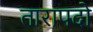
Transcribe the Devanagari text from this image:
तारापदो